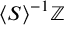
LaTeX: { \langle S \rangle } ^ { - 1 } \mathbb { Z }